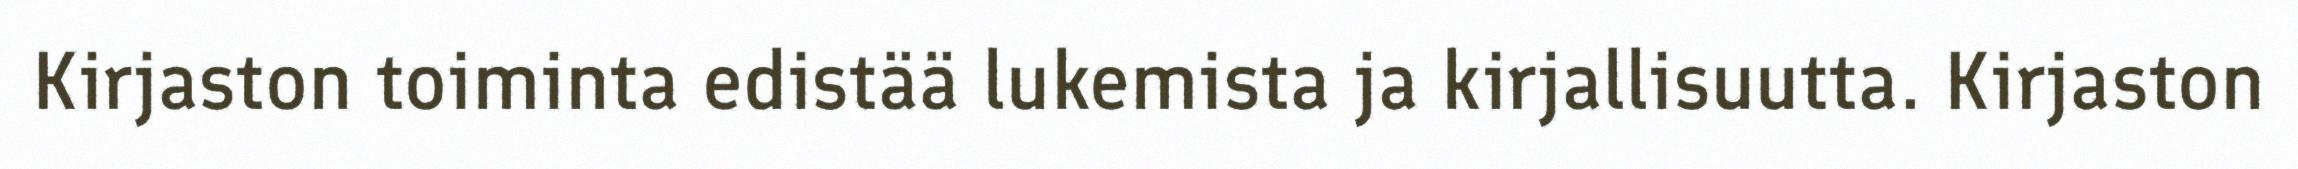
Kirjaston toiminta edistää lukemista ja kirjallisuutta. Kirjaston